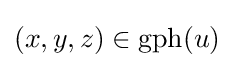
(x,y,z)\in \operatorname {gph} (u)